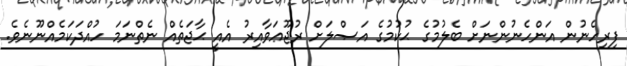
ފިރިހެނުން އަންހެނުންނަށް ބެލުމުގެ ޙުކުމުގެ އަޞްލަށް ރުޖޫޢަވާއިރު އެއީ ޙާޖަތެއް ނެތްނަމަ ހުއްދަކަމެއްނޫނެވެ.